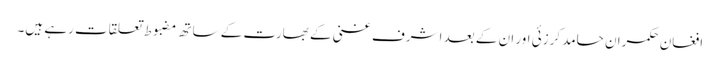
افغان حکمران حامد کرزئی اور ان کے بعد اشرف غنی کے بھارت کے ساتھ مضبوط تعلقات رہے ہیں۔